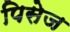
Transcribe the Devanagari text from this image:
पिसेज